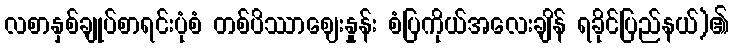
လစာနှစ်ချုပ်စာရင်းပုံစံ တစ်ပိဿာဈေးနှုန်း စံပြကိုယ်အလေးချိန် ရခိုင်ပြည်နယ်)၏